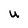
Character: U